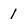
Character: 1